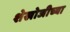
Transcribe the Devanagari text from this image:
शेखोजीच्या